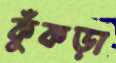
কুঁকড়া